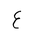
Letter: _ayn